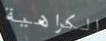
الكراهية